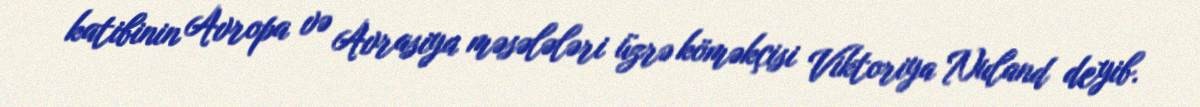
katibinin Avropa və Avrasiya məsələləri üzrə köməkçisi Viktoriya Nuland deyib.